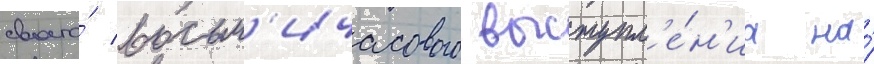
своего́ восьм'ичасового выступл'е́н'иа на́